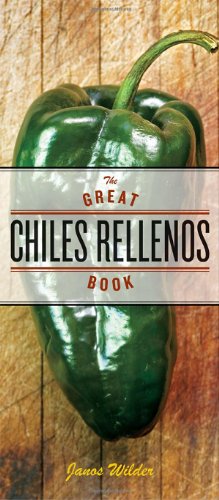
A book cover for The Great Chiles Rellenos Book; Janos Wilder; Cookbooks, Food & Wine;